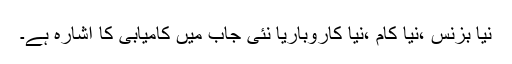
نیا بزنس ،نیا کام ،نیا کاروباریا نئی جاب میں کامیابی کا اشارہ ہے۔